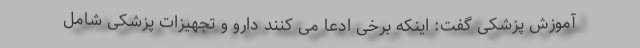
آموزش پزشکی گفت: اینکه برخی ادعا می کنند دارو و تجهیزات پزشکی شامل